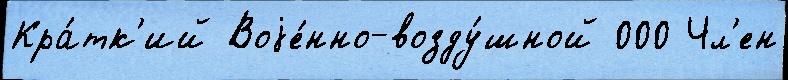
Кра́тк'ий Воjе́нно-возду́шной 000 Чл'ен